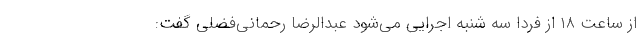
از ساعت ۱۸ از فردا سه شنبه اجرایی می‌شود عبدالرضا رحمانی‌فضلی گفت: